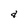
Character: d